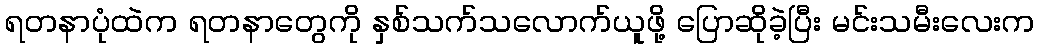
ရတနာပုံထဲက ရတနာတွေကို နှစ်သက်သလောက်ယူဖို့ ပြောဆိုခဲ့ပြီး မင်းသမီးလေးက